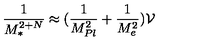
\frac { 1 } { M _ { * } ^ { 2 + N } } \approx ( \frac { 1 } { M _ { P l } ^ { 2 } } + \frac { 1 } { M _ { e } ^ { 2 } } ) { \cal V }